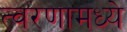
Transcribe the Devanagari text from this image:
त्वरणामध्ये